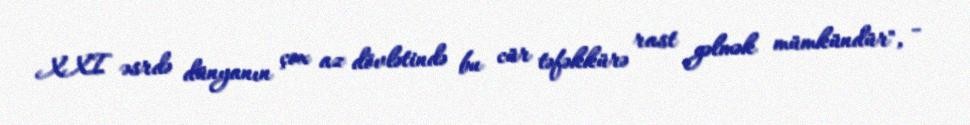
XXI əsrdə dünyanın çox az dövlətində bu cür təfəkkürə rast gəlmək mümkündür", -